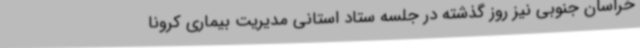
خراسان جنوبی نیز روز گذشته در جلسه ستاد استانی مدیریت بیماری کرونا